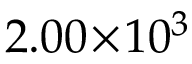
2 . 0 0 \! \times \! 1 0 ^ { 3 }